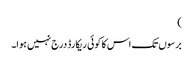
)
برسوں تک اس کا کوئی ریکارڈ درج نہیں ہوا۔